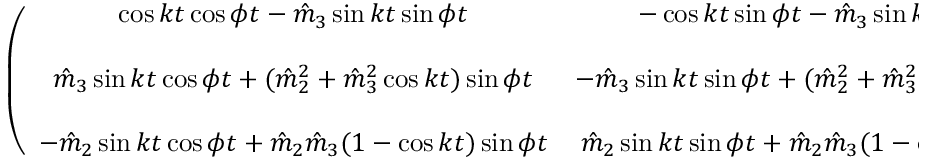
\begin{array} { r } { \left( \begin{array} { c c c } { \cos k t \cos \phi t - \hat { m } _ { 3 } \sin k t \sin \phi t } & { - \cos k t \sin \phi t - \hat { m } _ { 3 } \sin k t \cos \phi t } & { \hat { m } _ { 2 } \sin k t } \\ { { } } & { { } } & { { } } \\ { \hat { m } _ { 3 } \sin k t \cos \phi t + ( \hat { m } _ { 2 } ^ { 2 } + \hat { m } _ { 3 } ^ { 2 } \cos k t ) \sin \phi t } & { - \hat { m } _ { 3 } \sin k t \sin \phi t + ( \hat { m } _ { 2 } ^ { 2 } + \hat { m } _ { 3 } ^ { 2 } \cos k t ) \cos \phi t } & { \hat { m } _ { 2 } \hat { m } _ { 3 } ( 1 - \cos k t ) } \\ { { } } & { { } } & { { } } \\ { - \hat { m } _ { 2 } \sin k t \cos \phi t + \hat { m } _ { 2 } \hat { m } _ { 3 } ( 1 - \cos k t ) \sin \phi t } & { \hat { m } _ { 2 } \sin k t \sin \phi t + \hat { m } _ { 2 } \hat { m } _ { 3 } ( 1 - \cos k t ) \cos \phi t } & { \hat { m } _ { 3 } ^ { 2 } + \hat { m } _ { 2 } ^ { 2 } \cos k t } \end{array} \right) } \end{array}